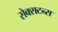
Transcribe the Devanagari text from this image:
सेक्सटन्स